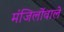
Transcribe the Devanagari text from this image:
मंजिलोंवाले